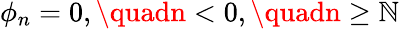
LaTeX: \phi_{n}=0,\quadn<0,\quadn\geq\mathbb{N}